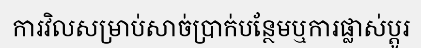
ការវិលសម្រាប់សាច់ប្រាក់បន្ថែមឬការផ្លាស់ប្តូរ